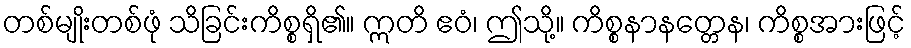
တစ်မျိုးတစ်ဖုံ သိခြင်းကိစ္စရှိ၏။ ဣတိ ဧဝံ၊ ဤသို့။ ကိစ္စနာနတ္တေန၊ ကိစ္စအားဖြင့်